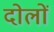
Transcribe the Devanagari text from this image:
दोलों